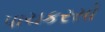
પાચકરસો